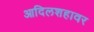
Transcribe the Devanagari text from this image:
आदिलशहावर